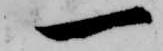
一